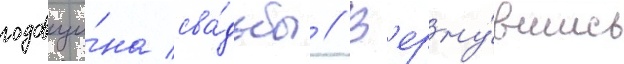
годовщи́на сва́дьбы // В'ерну́вшись